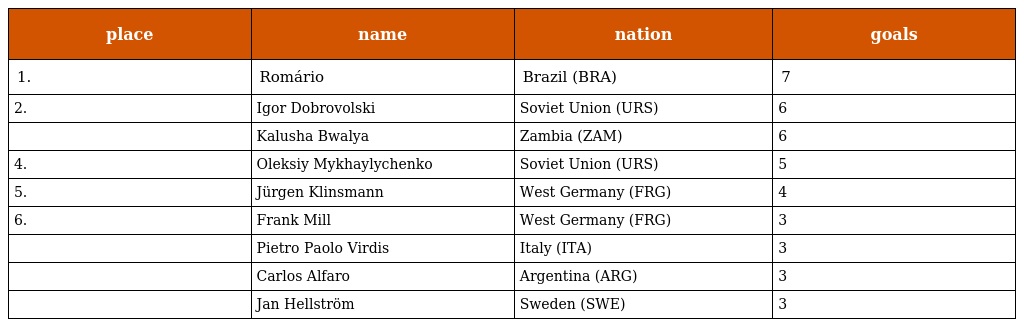
| place | name | nation | goals |
 | --- | --- | --- | --- |
 | 1. | Romário | Brazil (BRA) | 7 |
 | 2. | Igor Dobrovolski | Soviet Union (URS) | 6 |
 |  | Kalusha Bwalya | Zambia (ZAM) | 6 |
 | 4. | Oleksiy Mykhaylychenko | Soviet Union (URS) | 5 |
 | 5. | Jürgen Klinsmann | West Germany (FRG) | 4 |
 | 6. | Frank Mill | West Germany (FRG) | 3 |
 |  | Pietro Paolo Virdis | Italy (ITA) | 3 |
 |  | Carlos Alfaro | Argentina (ARG) | 3 |
 |  | Jan Hellström | Sweden (SWE) | 3 |